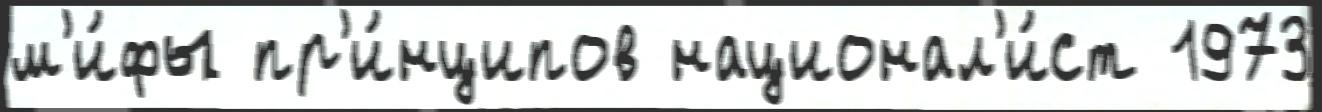
м'и́фы пр'и́нципов национал'и́ст 1973